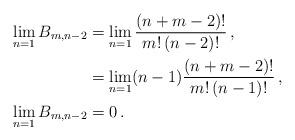
LaTeX: \begin{align*}\lim_{n=1} B_{m, n-2} &= \lim_{n=1} \frac{(n+m-2)!}{m!\,(n-2)!}\,,\\ &= \lim_{n=1} (n-1) \frac{(n+m-2)!}{m!\,(n-1)!}\,,\\\lim_{n=1} B_{m, n-2} &= 0\,.\end{align*}